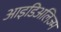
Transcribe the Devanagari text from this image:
आइडिअलिज्म